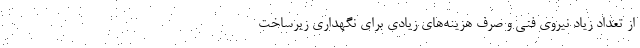
از تعداد زیاد نیروی فنی و صرف هزینه‌های زیادی برای نگهداری زیرساخت